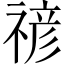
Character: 𮂉